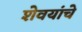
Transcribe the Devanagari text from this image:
शेवयांचे